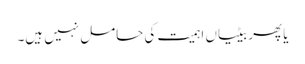
یا پھر بیٹیاں اہمیت کی حامل نہیں ہیں۔